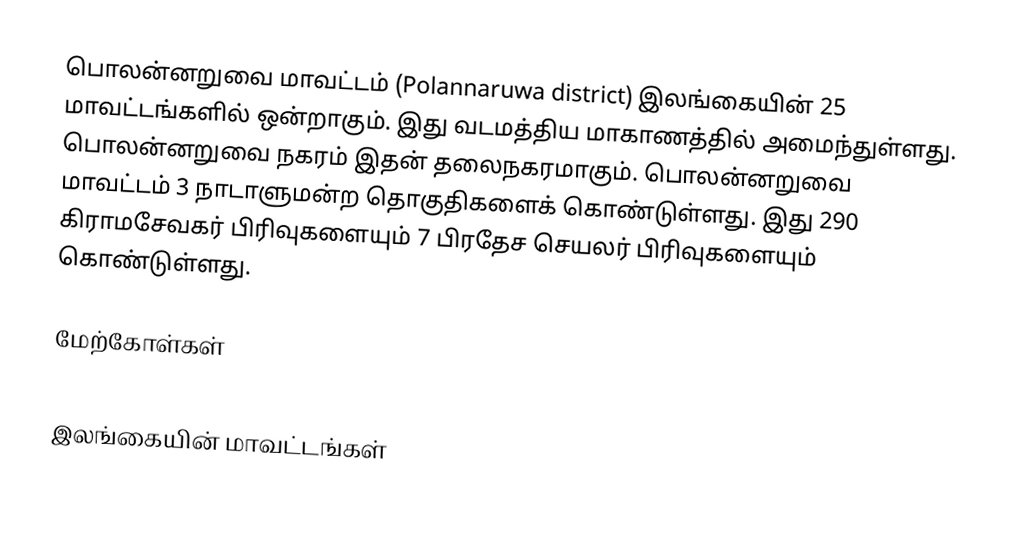
பொலன்னறுவை மாவட்டம் (Polannaruwa district)  இலங்கையின் 25 மாவட்டங்களில் ஒன்றாகும். இது வடமத்திய மாகாணத்தில் அமைந்துள்ளது. பொலன்னறுவை நகரம் இதன் தலைநகரமாகும்.   பொலன்னறுவை மாவட்டம் 3 நாடாளுமன்ற தொகுதிகளைக் கொண்டுள்ளது. இது 290  கிராமசேவகர் பிரிவுகளையும் 7 பிரதேச செயலர் பிரிவுகளையும் கொண்டுள்ளது.

மேற்கோள்கள்

இலங்கையின் மாவட்டங்கள்